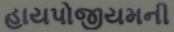
હાયપોજીયમની